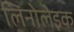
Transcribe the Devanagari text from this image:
लिनोलेइक